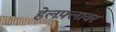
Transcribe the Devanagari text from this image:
हेलफ़्लावर